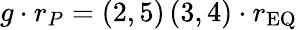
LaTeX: g\cdot r_{P}=\left(2,5\right)\left(3,4\right)\cdot r_{\mathrm{EQ}}